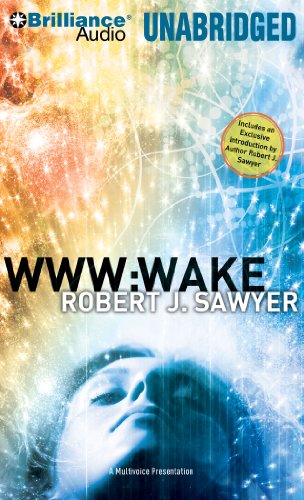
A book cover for WWW: Wake (WWW Trilogy); Robert J. Sawyer; Mystery, Thriller & Suspense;